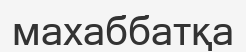
махаббатқа